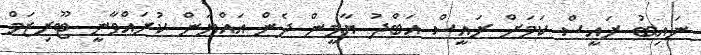
ނައިބު ރައީސް ކަމަށް ރައީސް އަބްދު ޔާމީން ދެން އައްޔަން ކުރައްވާނީ ޓޫރިޒަމް